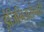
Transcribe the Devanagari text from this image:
इंजिनिअर्सनाही